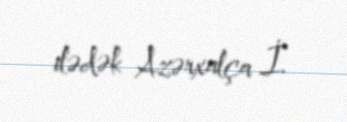
ilədək Azərxalça İ.